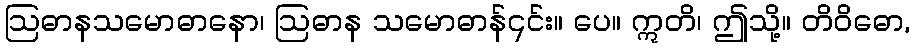
ဩဓာနသမောဓာနော၊ ဩဓာန သမောဓာန်၎င်း။ ပေ။ ဣတိ၊ ဤသို့။ တိဝိဓော,